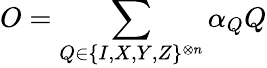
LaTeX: O=\sum_{Q\in\{ I,X,Y,Z\} ^{\otimes n}}\alpha_{Q}Q